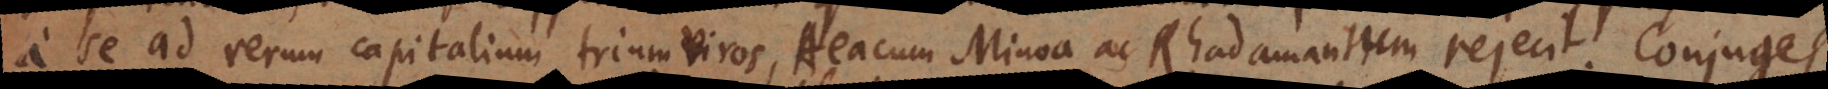
a se ad rerum capitalium triumviros, Aeacum Minoa ac Rhadamantum rejecit. Conjuges